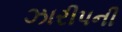
ઝારીપની